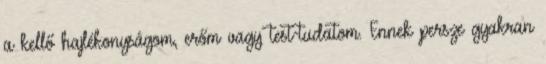
a kellő hajlékonyságom, erőm vagy test-tudatom. Ennek persze gyakran